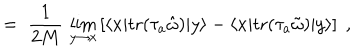
= \; \frac { 1 } { 2 M } \, \lim _ { y \to x } \left[ \langle x | \mathrm { t r } ( \tau _ { a } { \hat { \omega } } ) | y \rangle - \langle x | \mathrm { t r } ( \tau _ { a } { \tilde { \omega } } ) | y \rangle \right] \; ,